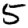
Digit: 5